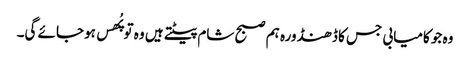
وہ جو کامیابی جس کا ڈھنڈورہ ہم صبح شام پیٹتے ہیں وہ تو پُھس ہوجائے گی۔